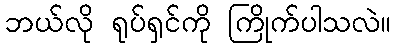
ဘယ်လို ရုပ်ရှင်ကို ကြိုက်ပါသလဲ။